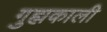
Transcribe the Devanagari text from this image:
गुह्मकाली